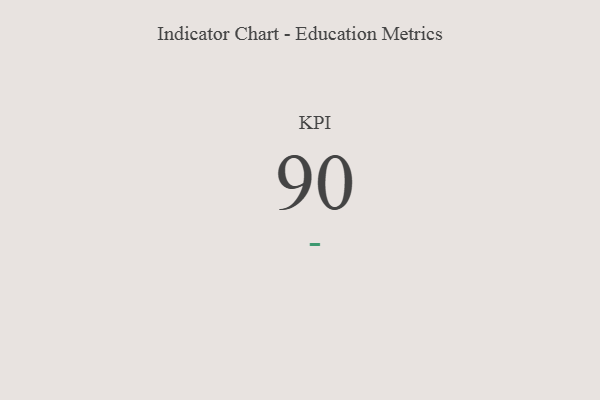
{"axis": {"x": "KPI", "y": "Value"}, "legend": [""], "data": [{"x": "KPI", "y": 90, "type": ""}]}